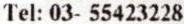
TEL: 03- 55423228